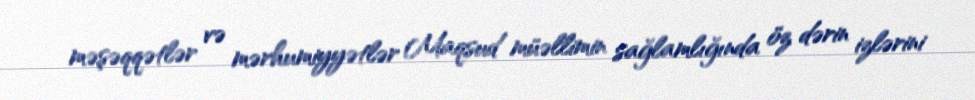
məşəqqətlər və mərhumiyyətlər Maqsud müəllimin sağlamlığında öz dərin izlərini